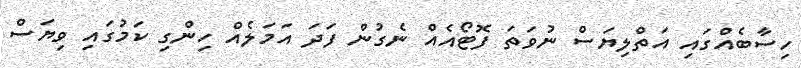
ހިސާބެއްގައި އަތްލިޔަސް ނުވަތަ ފޮޓޯއެއް ނެގުން ފަދަ އަމަލެއް ހިންގި ކަމުގައި ވިޔަސް